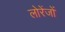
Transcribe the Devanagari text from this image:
लोरेंजों